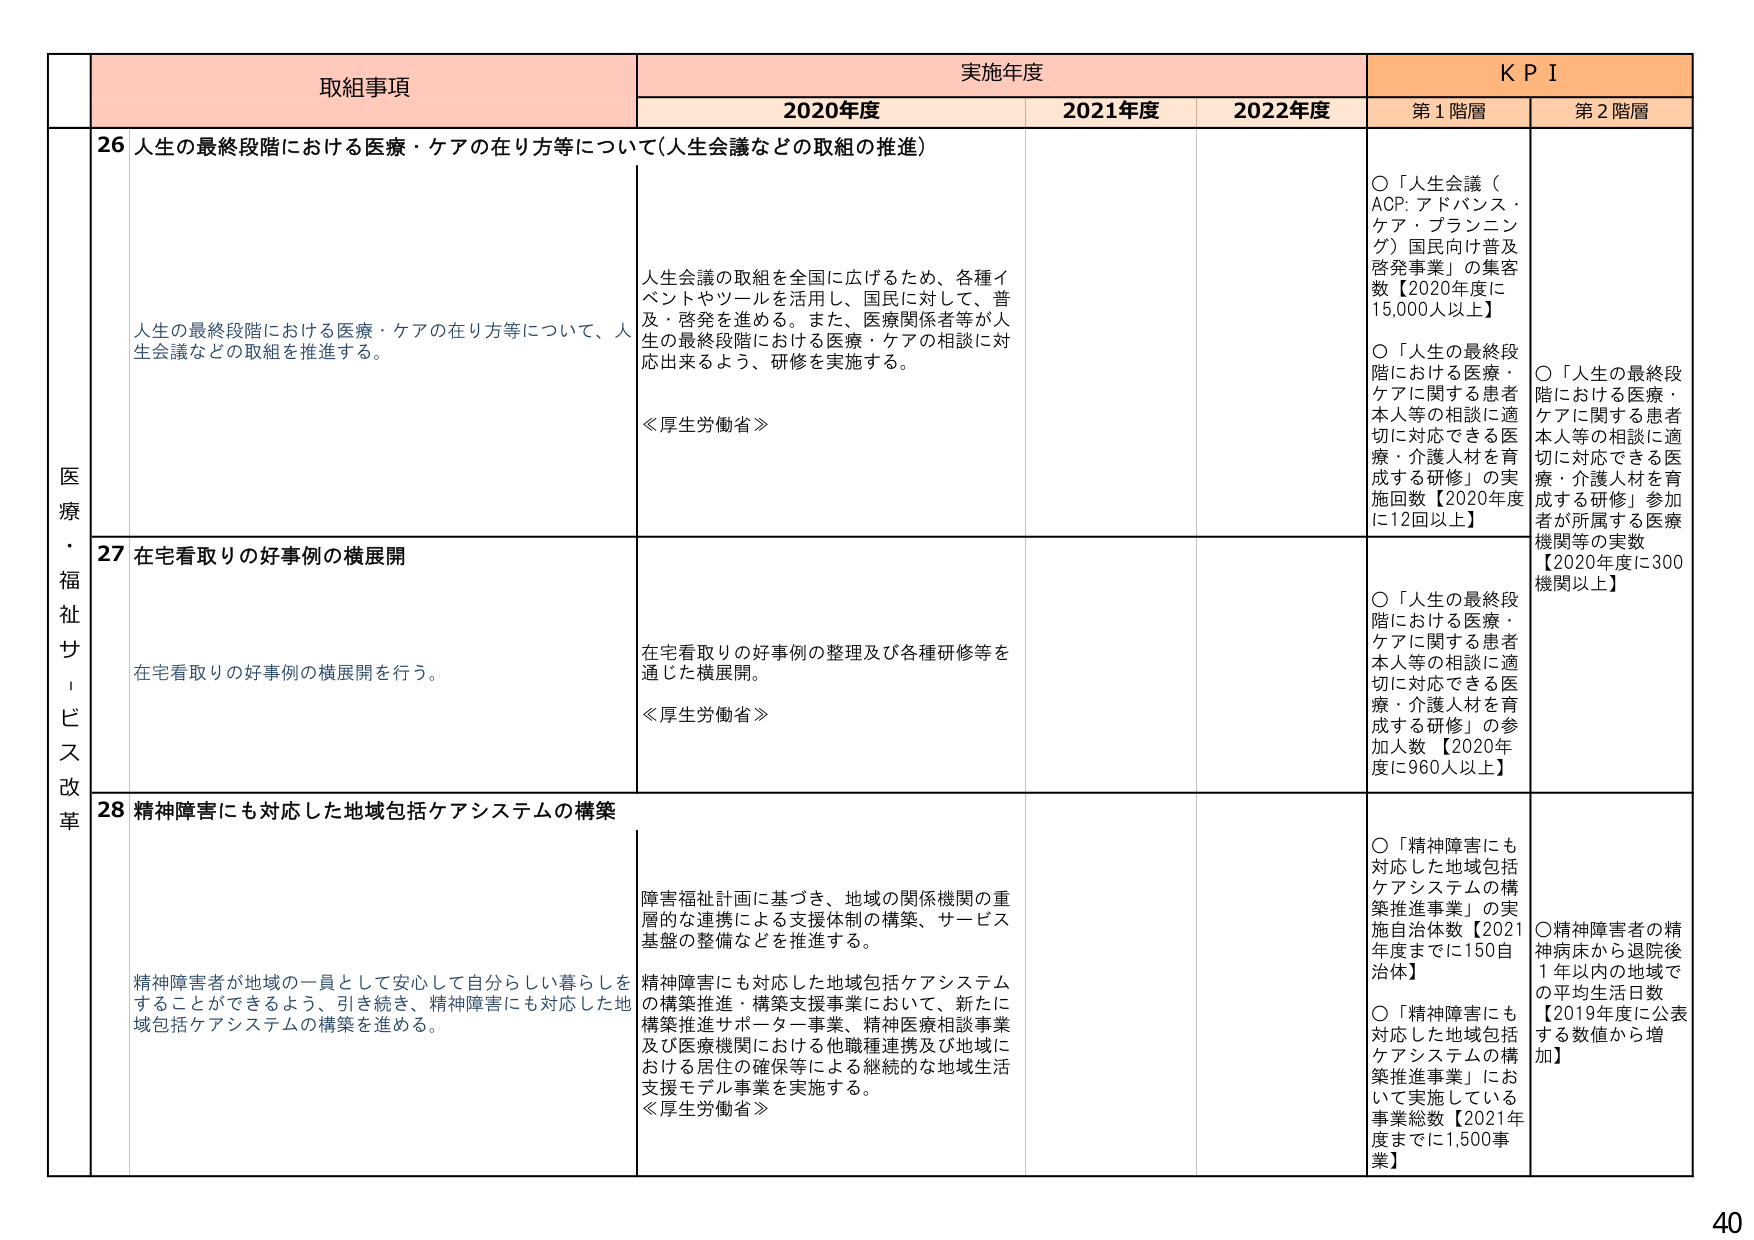
取組事項 実施年度 K P I 2020年度 2021年度 2022年度 第1階層 第2階層 医療・福祉サービス改革 26 人生の最終段階における医療・ケアの在り方等について（人生会議などの取組の推進） 人生の最終段階における医療・ケアの在り方等について、人生会議などの取組を推進する。 人生会議の取組を全国に広げるため、各種イベントやツールを活用し、国民に対して、普及・啓発を進める。また、医療関係者等が人生の最終段階における医療・ケアの相談に対応出来るよう、研修を実施する。 《厚生労働省》 ○「人生会議（ACP: アドバンス・ケア・プランニング）国民向け普及啓発事業」の集客数【2020年以上】 ○「人生の最終段階における医療・ケアに関する患者本人等の相談に適切に対応できる医療・介護人材を育成する研修」の実施回数【2020年度に12回以上】 ○「人生の最終段階における医療・ケアに関する患者本人等の相談に適切に対応できる医療・介護人材を育成する研修」参加者が所属する医療機関等の実数【2020年度に300機関以上】 27 在宅看取りの好事例の横展開 在宅看取りの好事例の横展開を行う。 在宅看取りの好事例の整理及び各種研修等を通じた横展開。 《厚生労働省》 ○「人生の最終段階における医療・ケアに関する患者本人等の相談に適切に対応できる医療・介護人材を育成する研修」の参加人数【2020年度に960人以上】 28 精神障害にも対応した地域包括ケアシステムの構築 精神障害者が地域の一員として安心して自分らしい暮らしをすることができるよう、引き続き、精神障害にも対応した地域包括ケアシステムの構築を進める。 障害福祉計画に基づき、地域の関係機関の重層的な連携による支援体制の構築、サービス基盤の整備などを推進する。 精神障害にも対応した地域包括ケアシステムの構築推進・構築支援事業において、新たに構築推進サポーター事業、精神医療相談事業及び医療機関における他職種連携及び地域における居住の確保等による継続的な地域生活支援モデル事業を実施する。 《厚生労働省》 ○「精神障害にも対応した地域包括ケアシステムの構築推進事業」の実施自治体数【2021年度までに150自治体】 ○「精神障害にも対応した地域包括ケアシステムの構築推進事業」において実施している事業総数【2021年度までに1,500事業】 ○精神障害者の精神病床から退院後1年以内の地域での平均生活日数【2019年度に公表する数値から増加】 40